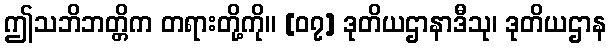
ဤသဘိဘတ္တိက တရားတို့ကို။ [၀၇] ဒုတိယဌာနာဒီသု၊ ဒုတိယဌာန